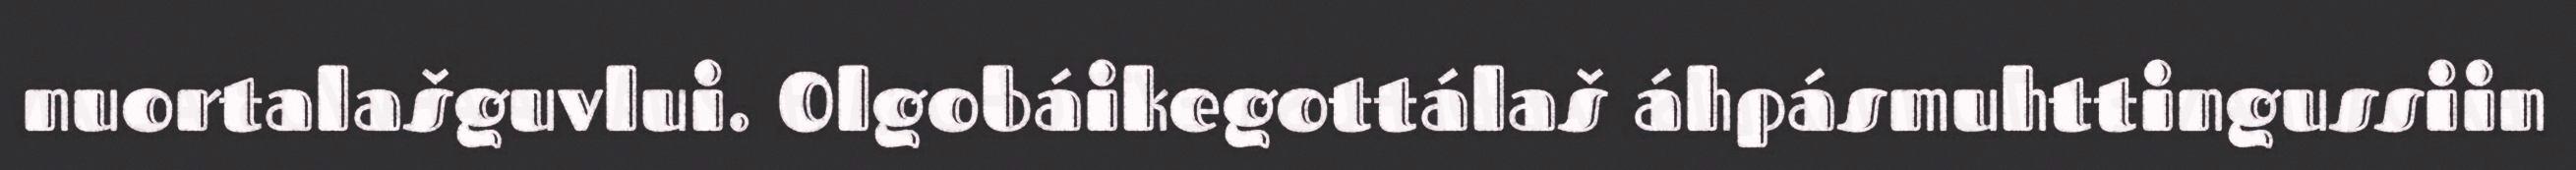
nuortalašguvlui. Olgobáikegottálaš áhpásmuhttingussiin